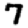
Digit: 7